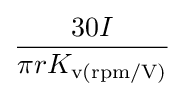
{\frac {30I}{\pi rK_{\text{v(rpm/V)}}}}